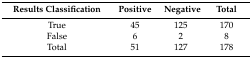
<table><thead><tr><td><b>Results Classification</b></td><td><b>Positive</b></td><td><b>Negative</b></td><td><b>Total</b></td></tr></thead><tbody><tr><td>True</td><td>45</td><td>125</td><td>170</td></tr><tr><td>False</td><td>6</td><td>2</td><td>8</td></tr><tr><td>Total</td><td>51</td><td>127</td><td>178</td></tr></tbody></table>